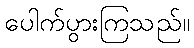
ပေါက်ပွားကြသည်။